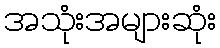
အသုံးအများဆုံး